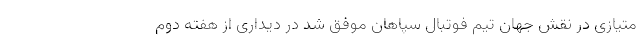
متیازی در نقش جهان تیم فوتبال سپاهان موفق شد در دیداری از هفته دوم